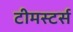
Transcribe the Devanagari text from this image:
टीमस्टर्स